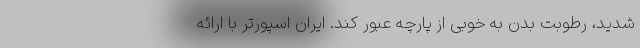
شدید، رطوبت بدن به خوبی از پارچه عبور کند. ایران اسپورتر با ارائه